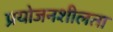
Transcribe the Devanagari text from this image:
प्रयोजनशीलता